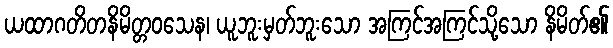
ယထာဂတိတနိမိတ္တဝသေန၊ ယူဘူးမှတ်ဘူးသော အကြင်အကြင်သို့သော နိမိတ်၏